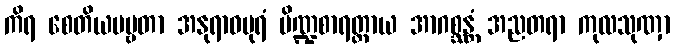
ကိရ စေတိယပဗ္ဗတာ အနုရာဓပုရံ ပိဏ္ဍစာရတ္ထာယ အာဂစ္ဆန္တံ အညတရာ ကုလသုဏှာ